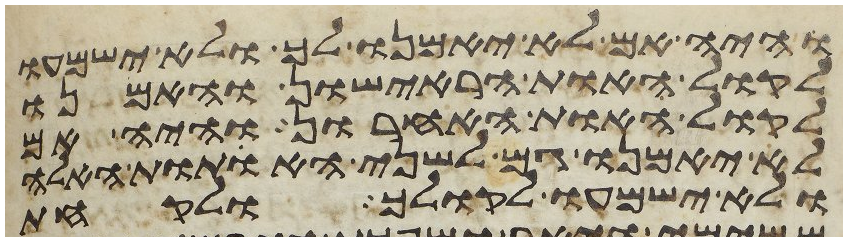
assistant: והיה אם לא יאמנו לך ולא ישמעו
לקול האות הראישון והאמנו
לקול האות האחרון והיה אם
לא יאמנו גם לשני האתות האלה
ולא ישמעו לקולך ולקחת